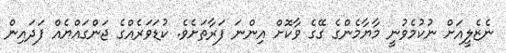
ނެޒެލީއަށް ނުކުމެވުނީ މާޔާމެންގެ ގޭގެ ވާކޮށް އިންނަ ފަރާތަށެވެ. ކުޑަވަރެއްގެ ޖަންގައްޔެއް ފަދައިން